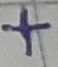
Text: +